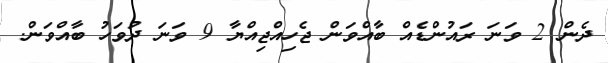
ދެން 2 ވަނަ ރައުންޑެއް ބާއްވަން ޖެހިއްޖިއްޔާ 9 ވަނަ ދުވަހު ބާއްވަން.